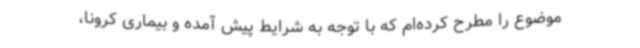
موضوع را مطرح کرده‌ام که با توجه به شرایط پیش آمده و بیماری کرونا،